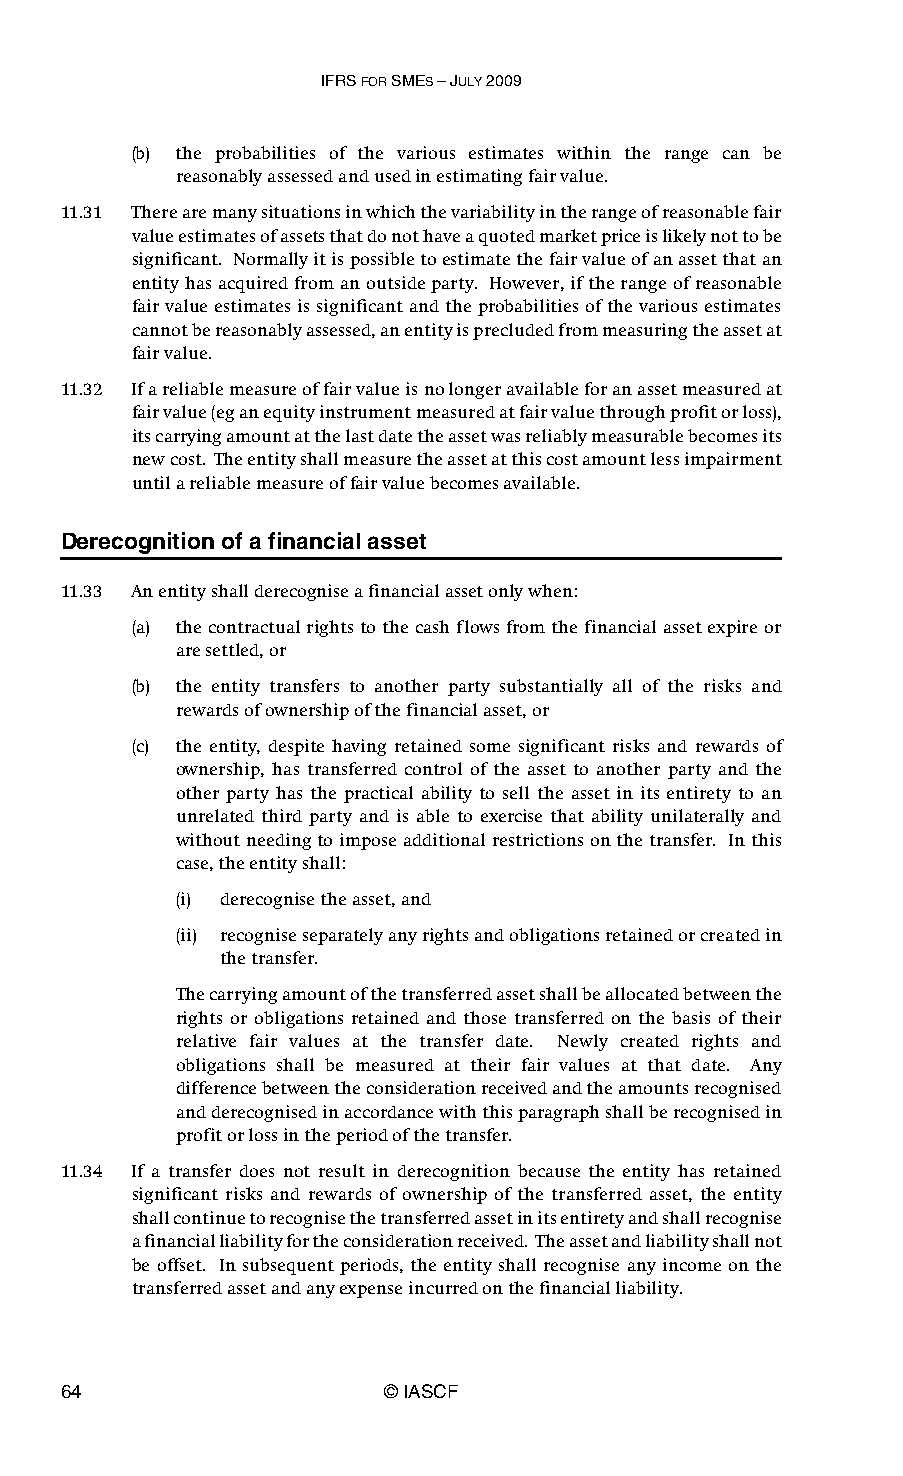
IFRS FOR SMES – JULY 2009
 (b) the probabilities of the various estimates within the range can be
 reasonably assessed and used in estimating fair value.
 11.31 There are many situations in which the variability in the range of reasonable fair
 value estimates of assets that do not have a quoted market price is likely not to be
 significant. Normally it is possible to estimate the fair value of an asset that an
 entity has acquired from an outside party. However, if the range of reasonable
 fair value estimates is significant and the probabilities of the various estimates
 cannot be reasonably assessed, an entity is precluded from measuring the asset at
 fair value.
 11.32 If a reliable measure of fair value is no longer available for an asset measured at
 fair value (eg an equity instrument measured at fair value through profit or loss),
 its carrying amount at the last date the asset was reliably measurable becomes its
 new cost. The entity shall measure the asset at this cost amount less impairment
 until a reliable measure of fair value becomes available.
 Derecognition of a financial asset
 11.33 An entity shall derecognise a financial asset only when:
 (a) the contractual rights to the cash flows from the financial asset expire or
 are settled, or
 (b) the entity transfers to another party substantially all of the risks and
 rewards of ownership of the financial asset, or
 (c) the entity, despite having retained some significant risks and rewards of
 ownership, has transferred control of the asset to another party and the
 other party has the practical ability to sell the asset in its entirety to an
 unrelated third party and is able to exercise that ability unilaterally and
 without needing to impose additional restrictions on the transfer. In this
 case, the entity shall:
 (i) derecognise the asset, and
 (ii) recognise separately any rights and obligations retained or created in
 the transfer.
 The carrying amount of the transferred asset shall be allocated between the
 rights or obligations retained and those transferred on the basis of their
 relative fair values at the transfer date. Newly created rights and
 obligations shall be measured at their fair values at that date. Any
 difference between the consideration received and the amounts recognised
 and derecognised in accordance with this paragraph shall be recognised in
 profit or loss in the period of the transfer.
 11.34 If a transfer does not result in derecognition because the entity has retained
 significant risks and rewards of ownership of the transferred asset, the entity
 shall continue to recognise the transferred asset in its entirety and shall recognise
 a financial liability for the consideration received. The asset and liability shall not
 be offset. In subsequent periods, the entity shall recognise any income on the
 transferred asset and any expense incurred on the financial liability.
 64                    © IASCF